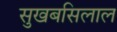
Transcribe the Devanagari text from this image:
सुखबसिलाल